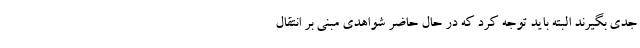
جدی بگیرند البته باید توجه کرد که در حال حاضر شواهدی مبنی بر انتقال